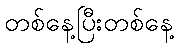
တစ်နေ့ပြီးတစ်နေ့